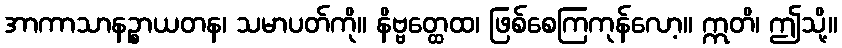
အာကာသာနဉ္စာယတန၊ သမာပတ်ကို။ နိဗ္ဗတ္ထေထ၊ ဖြစ်စေကြကုန်လော့။ ဣတိ၊ ဤသို့။